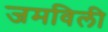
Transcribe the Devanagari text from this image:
जमविली